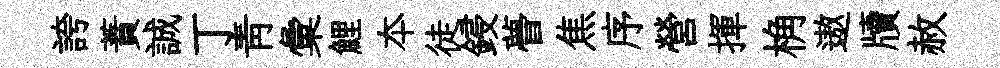
誇蕡誠丁青彙鯉夲徒鋟瞢焦序營揮桷遨牘赦